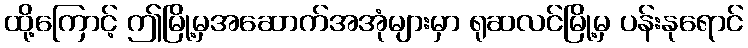
ထို့ကြောင့် ဤမြို့မှအဆောက်အအုံများမှာ ရုဆလင်မြို့မှ ပန်းနုရောင်